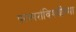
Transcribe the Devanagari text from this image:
परस्परांविषयीच्या